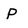
Character: p